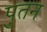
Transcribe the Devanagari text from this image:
पुतन